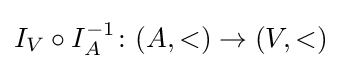
I_{V}\circ I_{A}^{-1}\colon (A,<)\rightarrow (V,<)